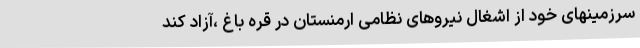
سرزمینهای خود از اشغال نیروهای نظامی ارمنستان در قره باغ ،آزاد کند